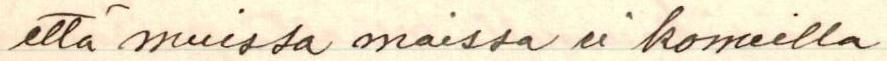
että muissa maissa ei komeilla